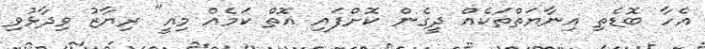
އެހާ ބޮޑެތި އިނާޔަތްތަކެއް ދީގެން ކޮށްފައި އޮތް ކަމެއް މިއީ" ރިޔާޒު ވިދާޅުވި